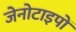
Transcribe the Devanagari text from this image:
जेनोटाइपों